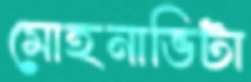
মোহনাভিটা